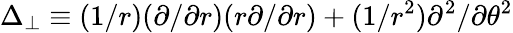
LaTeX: \Delta_{\perp}\equiv(1/r)(\partial/\partial r)(r\partial/\partial r)+(1/r^{2})\partial^{2}/\partial\theta^{2}